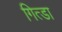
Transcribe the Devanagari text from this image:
गित्डा